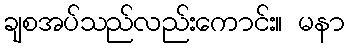
ချစအပ်သည်လည်းကောင်း။ မနာ